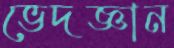
ভেদজ্ঞান